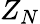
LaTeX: Z_{N}